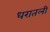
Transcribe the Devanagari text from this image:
धरातली